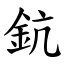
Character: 鈧